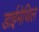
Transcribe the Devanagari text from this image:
डाईमेथिल